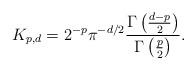
LaTeX: \begin{align*}K_{p,d} = 2^{-p}\pi^{-d/2}\frac{\Gamma\left(\frac{d-p}{2}\right)}{\Gamma\left(\frac{p}{2}\right)}.\end{align*}